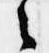
之